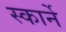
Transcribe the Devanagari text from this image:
स्कार्ने